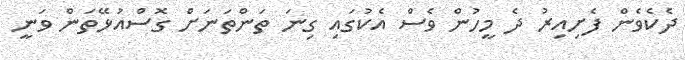
ދެކެވެން ފެށިއިރު ދެ މީހުން ވެސް އެކުގައި ގިނަ ތަންތަނަށް ގޮސްއުޅޭތަން ވަނީ